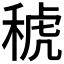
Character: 𱶎